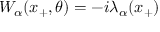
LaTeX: W _ { \alpha } ( x _ { + } , \theta ) = - i \lambda _ { \alpha } ( x _ { + } )